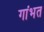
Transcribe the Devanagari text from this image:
गांभत